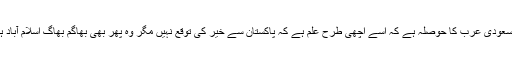
اور یہ بھی سعودی عرب کا حوصلہ ہے کہ اسے اچھی طرح علم ہے کہ پاکستان سے خیر کی توقع نہیں مگر وہ پھر بھی بھاگم بھاگ اسلام آباد ہی آ رہا ہے۔